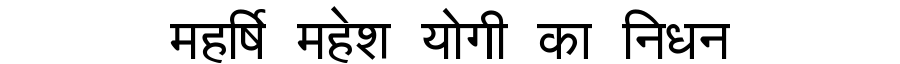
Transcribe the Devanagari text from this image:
महर्षि महेश योगी का निधन